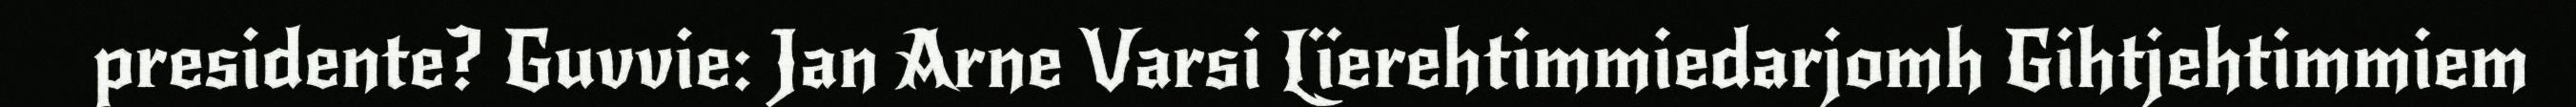
presidente? Guvvie: Jan Arne Varsi Lïerehtimmiedarjomh Gihtjehtimmiem